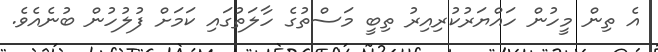
އެ ތިން މީހުން ހައްޔަރުކުރިއިރު ތިބީ މަސްތުގެ ހާލަތުގައި ކަމަށް ފުލުހުން ބުނެއެވެ.